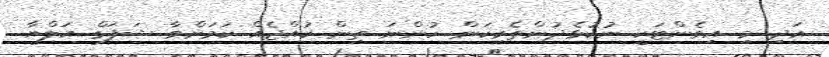
އަދި މި އިވެންޓަކީ ނުކުޅެދުންތެރިކަން ހުންނަ ތިން ކުއްޖެއް ކަމަށްވާ ޝަފަގް އަލްޔާ